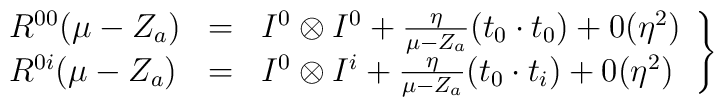
\left.\begin{array}{lcl}R^{00} ( \mu - Z_a ) & = & I^0 \otimes I^0 +                  \frac{\eta}{\mu - Z_a} (t_0 \cdot t_0 ) +  0(\eta^2 ) \\R^{0i} ( \mu - Z_a ) & = & I^0 \otimes I^i +                  \frac{\eta}{\mu - Z_a} (t_0 \cdot t_i ) +  0(\eta^2 )\end{array}\right\}